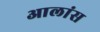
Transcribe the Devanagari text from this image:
आलांस